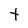
Character: t